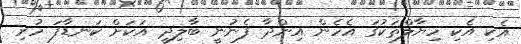
އެކި އެކި ހިޔާލްތަކުގަ އެހެން އިންދާ ފެނުނީ ބާލިދީ އަކަށް ކަނޑާފަ ހުރި